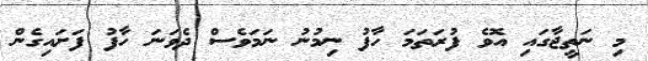
މި ނަތީޖާގައި އޮވެ ފުރަތަމަ ހާފު ނިމުނު ނަމަވެސް ދެވަނަ ހާފު ފަށައިގެން